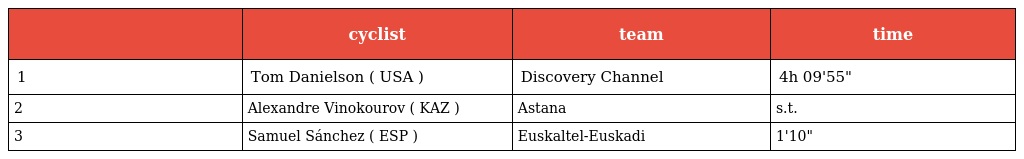
|  | cyclist | team | time |
 | --- | --- | --- | --- |
 | 1 | Tom Danielson ( USA ) | Discovery Channel | 4h 09'55" |
 | 2 | Alexandre Vinokourov ( KAZ ) | Astana | s.t. |
 | 3 | Samuel Sánchez ( ESP ) | Euskaltel-Euskadi | 1'10" |